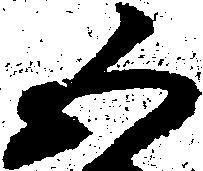
五